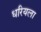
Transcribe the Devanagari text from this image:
धरियला